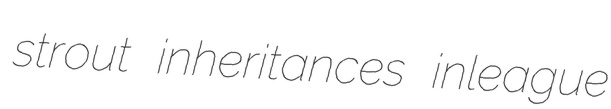
strout inheritances inleague